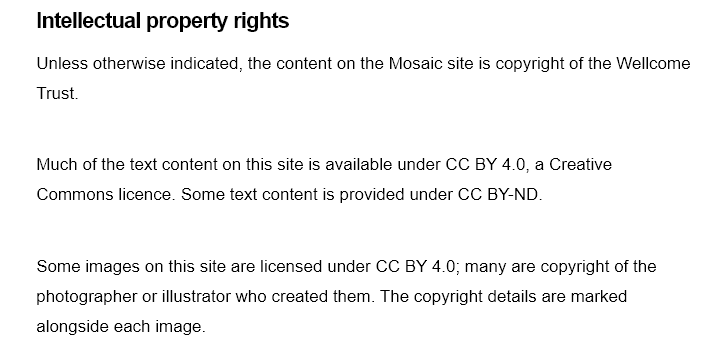
Intellectual property rights
     Unless otherwise indicated, the content on the Mosaic site is copyright of the Wellcome
     Trust.
     Much of the text content on this site is available under CC BY 4.0, a Creative
     Commons licence. Some text content is provided under CC BY-ND.
     Some images on this site are licensed under CC BY 4.0; many are copyright of the
     photographer or illustrator who created them. The copyright details are marked
     alongside each image